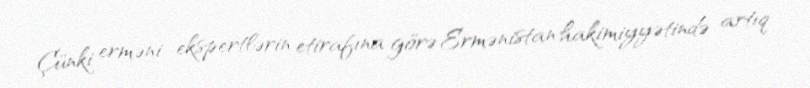
Çünki erməni ekspertlərin etirafına görə Ermənistan hakimiyyətində artıq